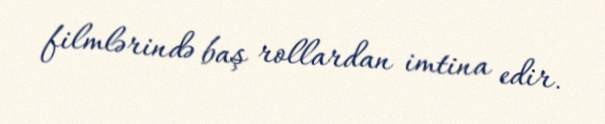
filmlərində baş rollardan imtina edir.